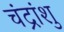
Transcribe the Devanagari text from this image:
चंद्रांशु